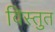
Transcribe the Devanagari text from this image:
विस्तुत